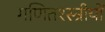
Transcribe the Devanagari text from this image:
गणितश्स्त्रीयों